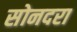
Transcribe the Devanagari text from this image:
सोनदरा